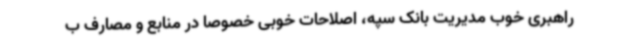
راهبری خوب مدیریت بانک سپه، اصلاحات خوبی خصوصا در منابع و مصارف ب